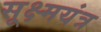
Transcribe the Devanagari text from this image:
सूक्ष्मयंत्र